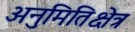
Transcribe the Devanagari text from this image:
अनुमितिक्षेत्र